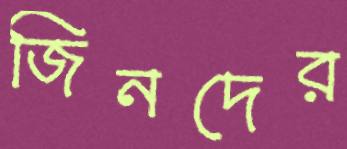
জিনদের